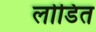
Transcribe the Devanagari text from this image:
लोडित